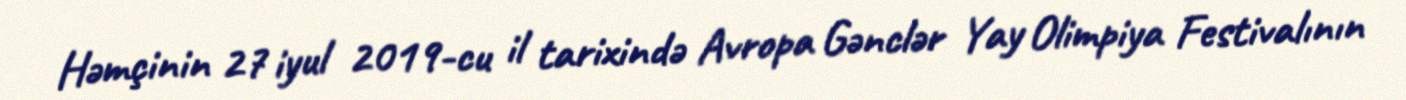
Həmçinin 27 iyul 2019-cu il tarixində Avropa Gənclər Yay Olimpiya Festivalının